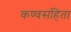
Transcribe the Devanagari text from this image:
कण्वसंहिता